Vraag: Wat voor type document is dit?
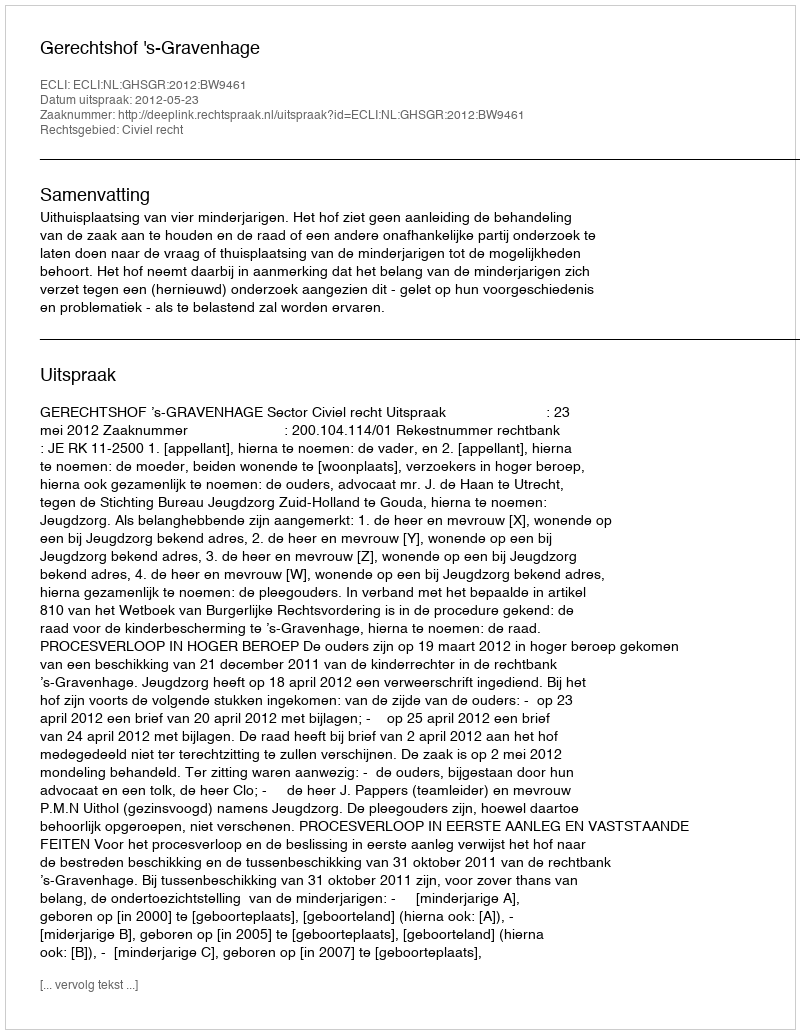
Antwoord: Uitspraak